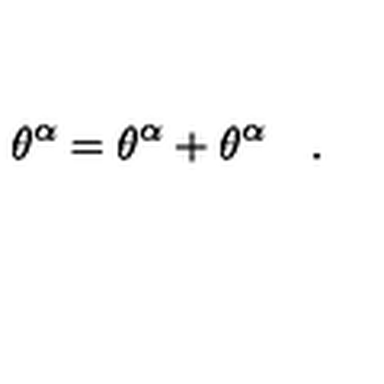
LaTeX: \theta ^ { \alpha } = \theta ^ { \alpha } + \theta ^ { \alpha } \quad .